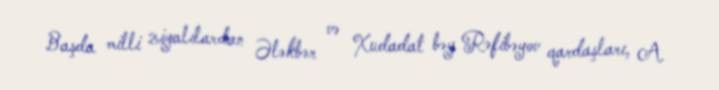
Başda milli ziyalılardan Ələkbər və Xudadat bəy Rəfibəyov qardaşları, A.